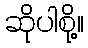
ဆိုပါစို့။